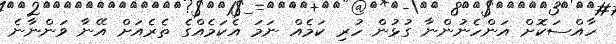
ހާއްސަކޮށް އަންހެނުންނާ ގުޅުން ހުރި ކަމެއް ނަމަ އެކަމެއްގެ ތެރެއަށް އޭނާ ވަންނާނެ